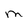
Character: M